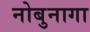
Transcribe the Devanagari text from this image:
नोबुनागा